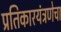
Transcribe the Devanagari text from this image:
प्रतिकारयंत्रणेचा